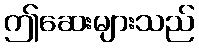
ဤဆေးများသည်